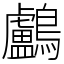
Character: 鸕